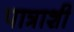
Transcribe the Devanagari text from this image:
पात्राशी